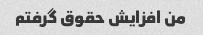
من افزایش حقوق گرفتم